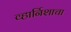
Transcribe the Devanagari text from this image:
व्हार्निशाचा